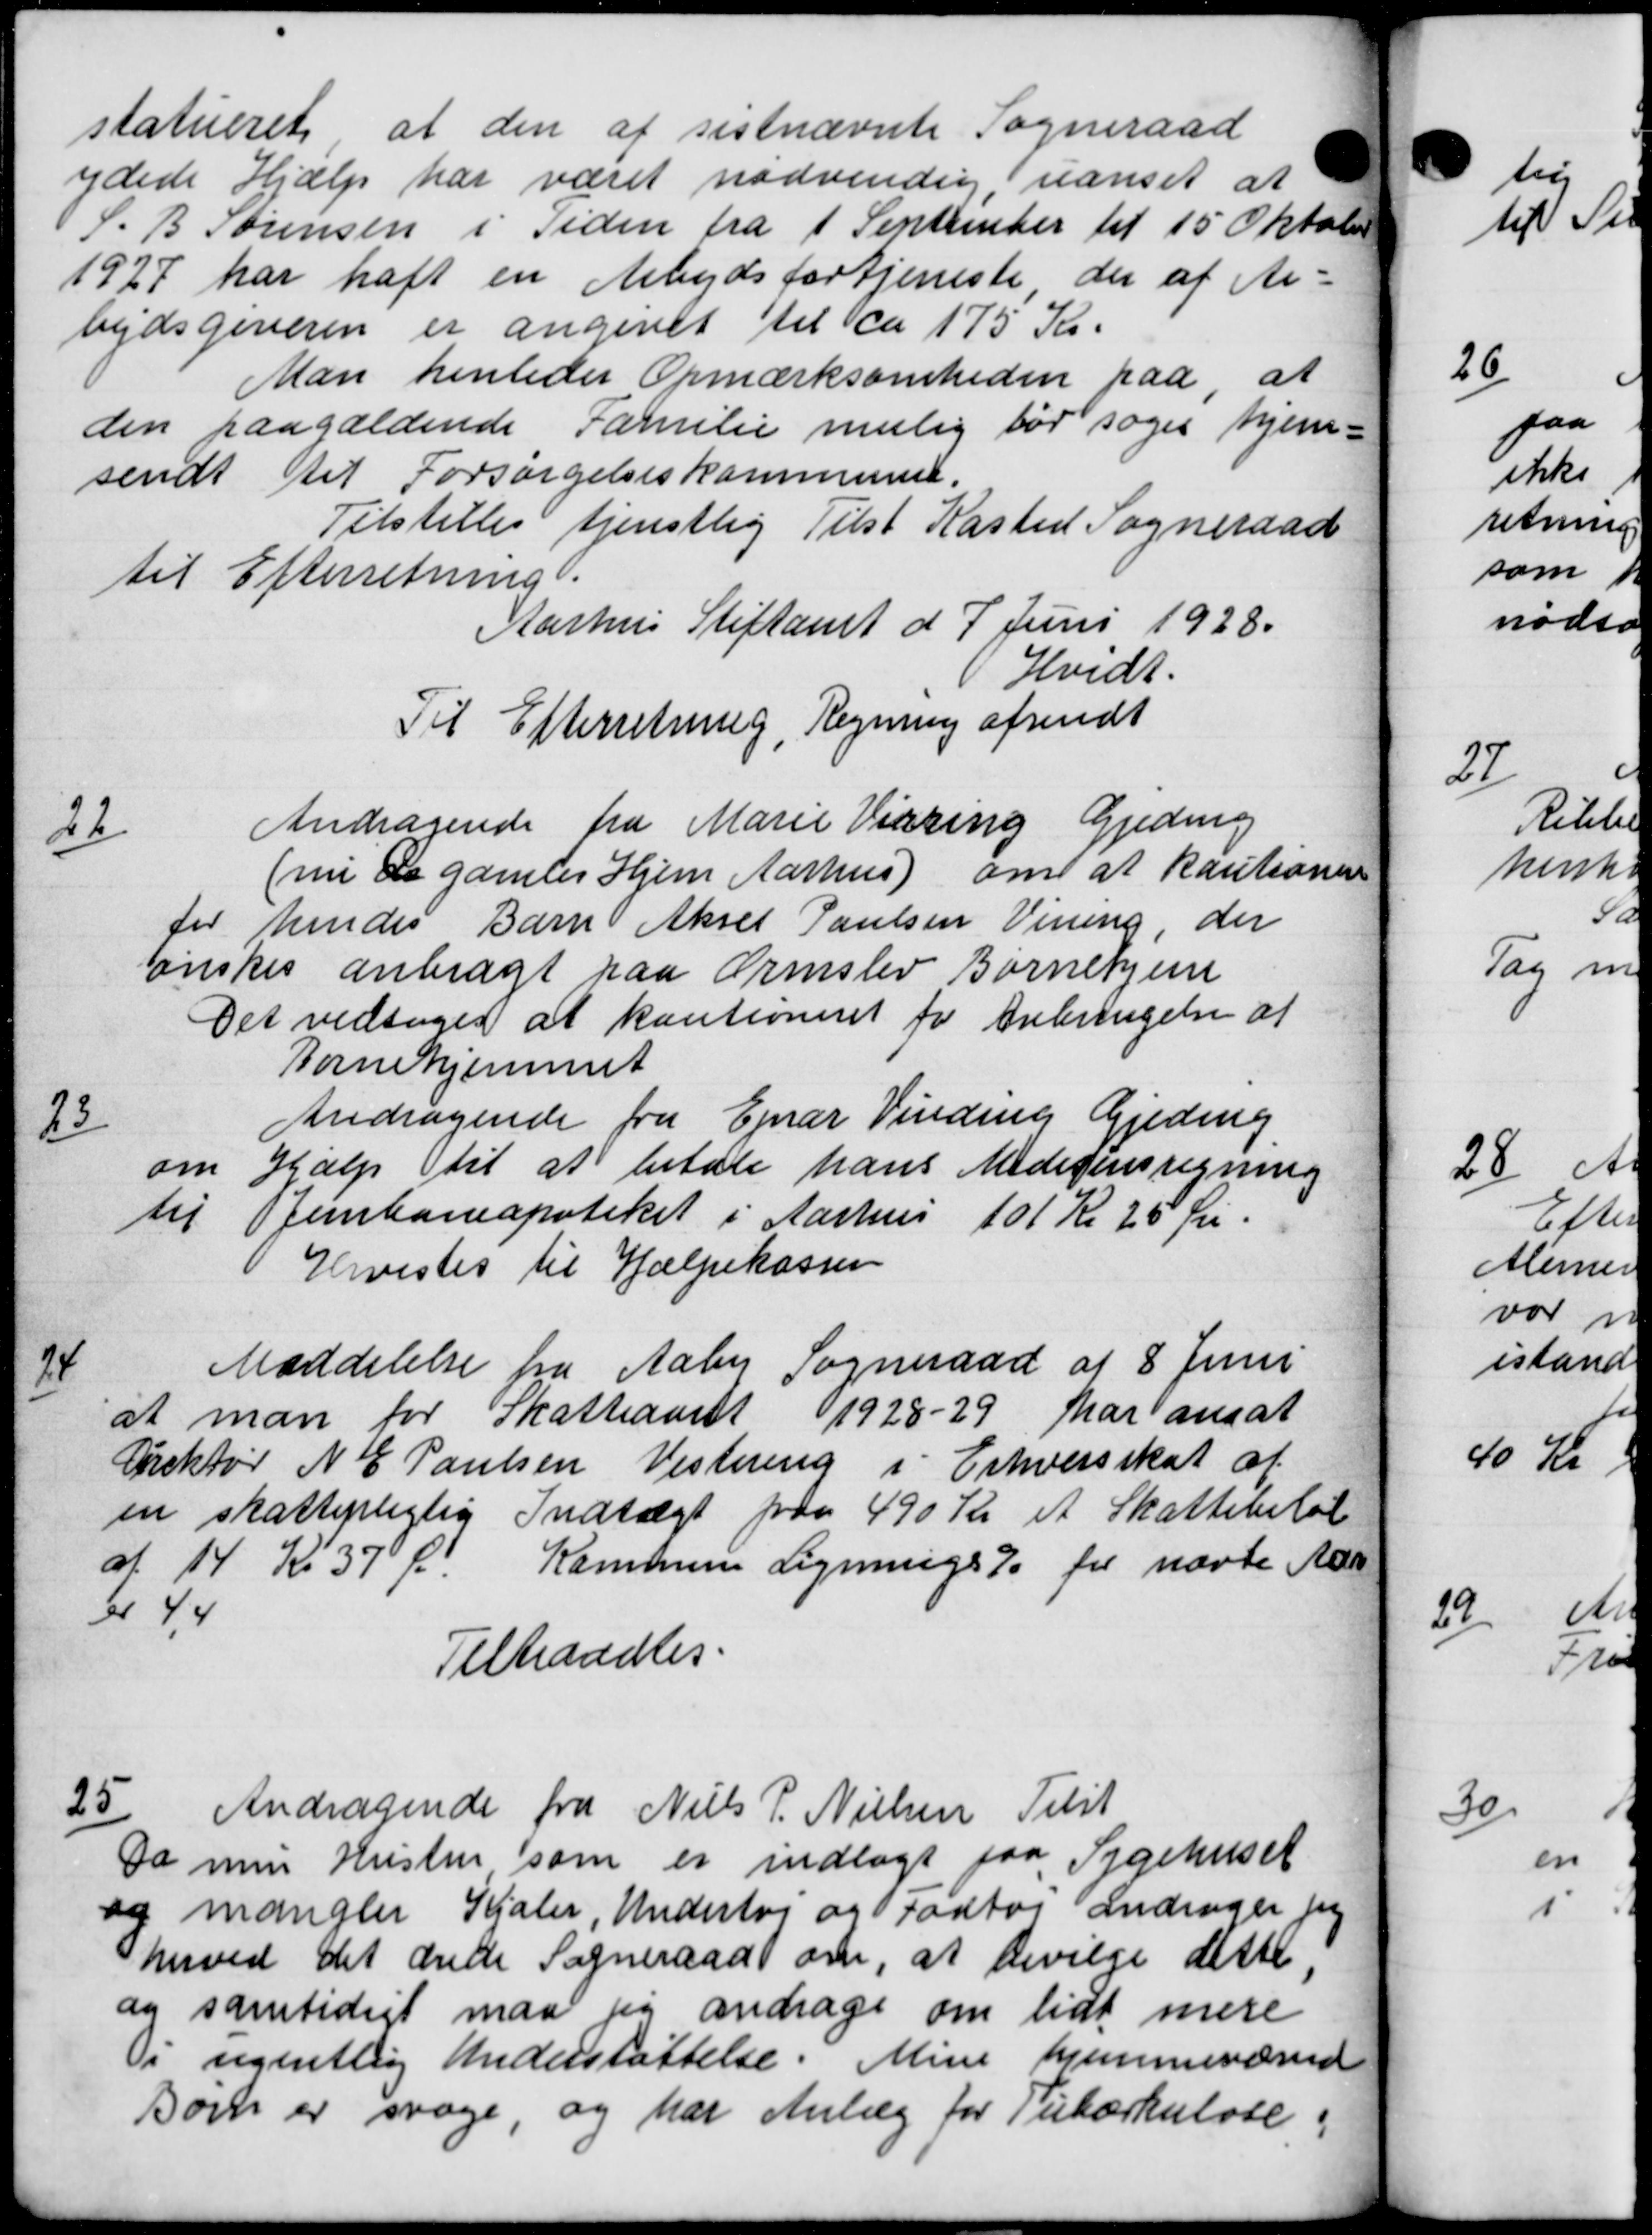
Transskription:
statueret at den af sistnævnte Sogneraad
ydede Hjælp har været nødvendig, uanset at
S. B. Sørensen i Tiden fra 1 September til 15 Oktober
1927 har haft en Arbejdsfortjeneste der af Ar=
bejdsgiveren er angivet til ca 175 Kr.
Man henleder Opmærksomheden paa at
den paagældende Familie mulig før søger hjem-
sendt til Forsørgelseskommunen.
Tilstilles tjenstlig Tilst Kasted Sogneraad
til Efterretning.
Aarhus Stiftamt d 7 Juni 1928.
Hvidt.
Til Efterretning, Regning afsendt
22
Andragende fra Marie Vidring Gjeding
(nu de gamles Hjem Aarhus) om at kautioner
for hendes Barn Aksel Paulsen Vining, der
ønskes anbragt paa Ormslev Børnehjem
Det vedtoges at kautioneret for Anbringelse af
Børnehjemmet
23
Andragende fra Ejnar Vinding Gjeding
om Hjælp til at betale hans Medicinsregning
til Jernbaneapoteket i Aarhus 101 Kr 25 Øre.
Hervistes til Hjælpekassen
24
Meddelelse fra Aaby Sogneraad af 8 Juni
at man for Skatteaaret 1928-29 har ansat
Direktør N C Poulsen Vestering i Erhvervsskat af
en skattepligtig Indtægt paa 490 Kr et Skattebetal
af 14 Kr 37 Øre Kommune Lignings % for næste Aar
er 44
Tiltraadtes.
25
Andragende fra Niels P. Nielsen Tilst
Da min Hustru som er indlagt paa Sygehuset
og mangler Kjoler, Underbog og Fodtøj andrager jeg
herved det drede Sogneraad om, at bevilge dette,
og samtidigt maa jeg andrage om lidt mere
i ugentlig Understøttelse. Mine hjemmeværend
Born er svage og har Anlæg for Tuberkulose